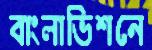
বাংলাভিশনে